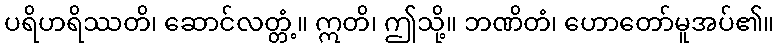
ပရိဟရိဿတိ၊ ဆောင်လတ္တံ့။ ဣတိ၊ ဤသို့။ ဘဏိတံ၊ ဟောတော်မူအပ်၏။